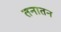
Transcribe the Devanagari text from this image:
तनातन